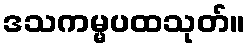
ဒသကမ္မပထသုတ်။